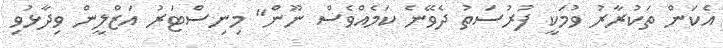
އެކަން ތަކުރާރު ވުމަކީ ފުރުސަތު ދެވޭނެ ކަމެއްވެސް ނޫން" މިނިސްޓަރު އަޒްލީން ވިދާޅުވި